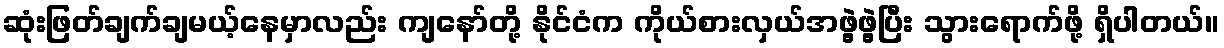
ဆုံးဖြတ်ချက်ချမယ့်နေမှာလည်း ကျနော်တို့ နိုင်ငံက ကိုယ်စားလှယ်အဖွဲ့ဖွဲ့ပြီး သွားရောက်ဖို့ ရှိပါတယ်။